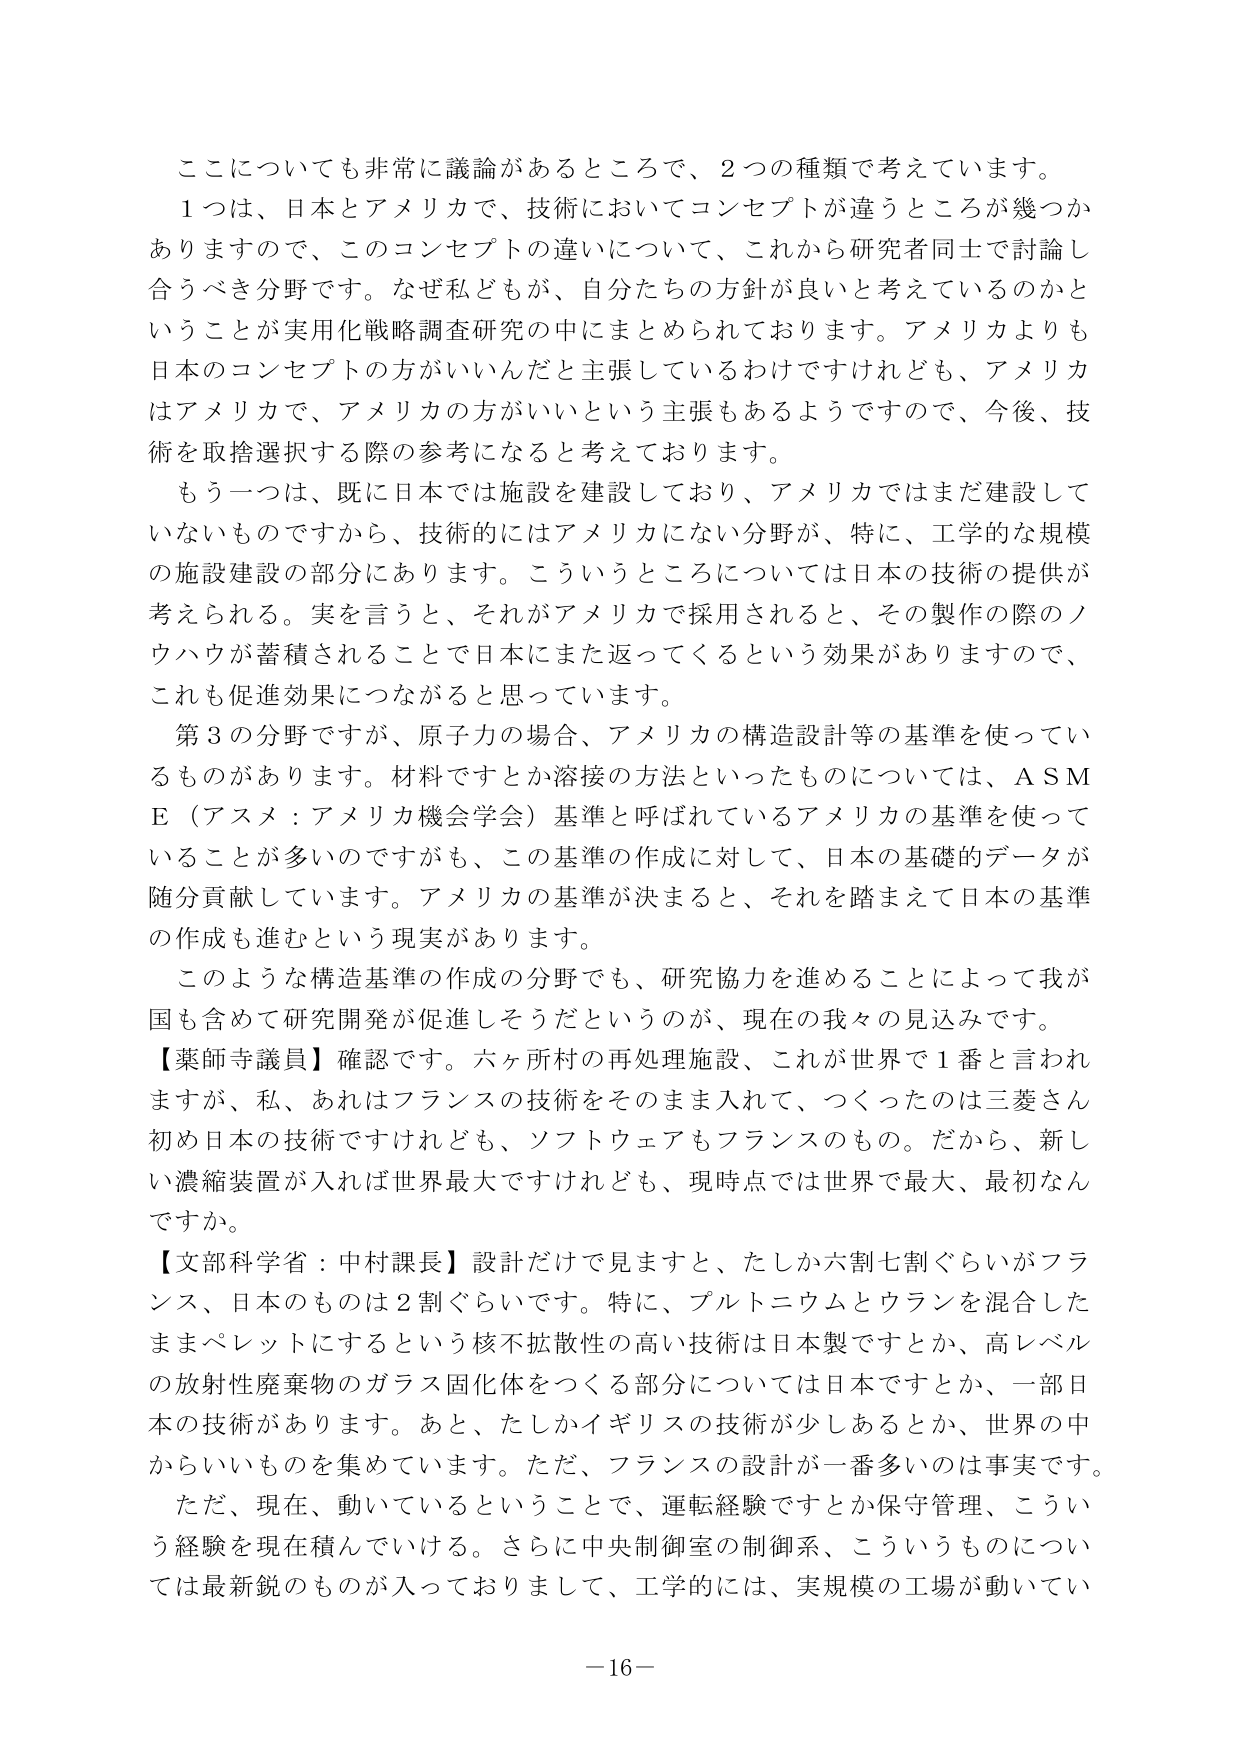
ここについても非常に議論があるところで、2つの種類で考えています。
1つは、日本とアメリカで、技術においてコンセプトが違うところが幾つかありますので、このコンセプトの違いについて、これから研究者同士で討論し合うべき分野です。なぜ私どもが、自分たちの方針が良いと考えているのかということが実用化戦略調査研究の中にまとめられております。アメリカよりも日本のコンセプトの方がいいんだと主張しているわけですけれども、アメリカはアメリカで、アメリカの方がいいという主張もあるようですので、今後、技術を取捨選択する際の参考になると考えております。
もう一つは、既に日本では施設を建設しており、アメリカではまだ建設していないものですから、技術的にはアメリカにない分野が、特に、工学的な規模の施設建設の部分にあります。こういうところについては日本の技術の提供が考えられる。実を言うと、それがアメリカで採用されると、その製作の際のノウハウが蓄積されることで日本にまた返ってくるという効果がありますので、これも促進効果につながると思っています。
第3の分野ですが、原子力の場合、アメリカの構造設計等の基準を使っているものがあります。材料ですとか溶接の方法といったものについては、ASME（アスメ：アメリカ機会学会）基準と呼ばれているアメリカの基準を使っていることが多いのですが、この基準の作成に対して、日本の基礎的データが随分貢献しています。アメリカの基準が決まると、それを踏まえて日本の基準の作成も進むという現実があります。
このような構造基準の作成の分野でも、研究協力を進めることによって我が国も含めて研究開発が促進しそうだというのが、現在の我々の見込みです。
【薬師寺議員】確認です。六ヶ所村の再処理施設、これが世界で1番と言われますが、私、あれはフランスの技術をそのまま入れて、つくったのは三菱さん初め日本の技術ですけれども、ソフトウェアもフランスのもの。だから、新しい濃縮装置が入れば世界最大ですけれども、現時点では世界で最大、最初なんですか。
【文部科学省：中村課長】設計だけで見ますと、たしか六割七割ぐらいがフランス、日本のものは2割ぐらいです。特に、プルトニウムとウランを混合したままペレットにするという核不拡散性の高い技術は日本製ですとか、高レベルの放射性廃棄物のガラス固化体をつくる部分については日本ですとか、一部日本の技術があります。あと、たしかイギリスの技術が少しあるとか、世界の中からいいものを集めています。ただ、フランスの設計が一番多いのは事実です。
ただ、現在、動いているということで、運転経験ですとか保守管理、こういう経験を現在積んでいける。さらに中央制御室の制御系、こういうものについては最新鋭のものが入っておりますして、工学的には、実規模の工場が動いてい
－16－